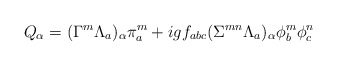
\begin{align*}Q_\alpha = (\Gamma^m \Lambda_a)_\alpha \pi^m_a + igf_{abc} (\Sigma^{mn} \Lambda_a)_\alpha \phi^m_b \phi^n_c \end{align*}